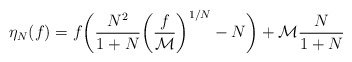
\begin{align*}\eta_N(f)=f\bigg(\frac{N^2}{1+N}\bigg(\frac{f}{\mathcal{M}}\bigg)^{1/N} - N\bigg)+\mathcal{M}\frac{N}{1+N}\end{align*}